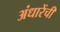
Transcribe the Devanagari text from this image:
अंधारेंची